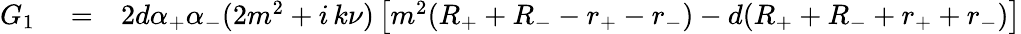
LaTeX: \begin{array}{rlr}{G_{1}}&{{}=}&{2d\alpha_{+}\alpha_{-}(2m^{2}+i\, k\nu)\left[m^{2}(R_{+}+R_{-}-r_{+}-r_{-})-d(R_{+}+R_{-}+r_{+}+r_{-})\right]}\end{array}